Distribution and causation of leprosy in British India
Year: 1875
Disease focus: Leprosy
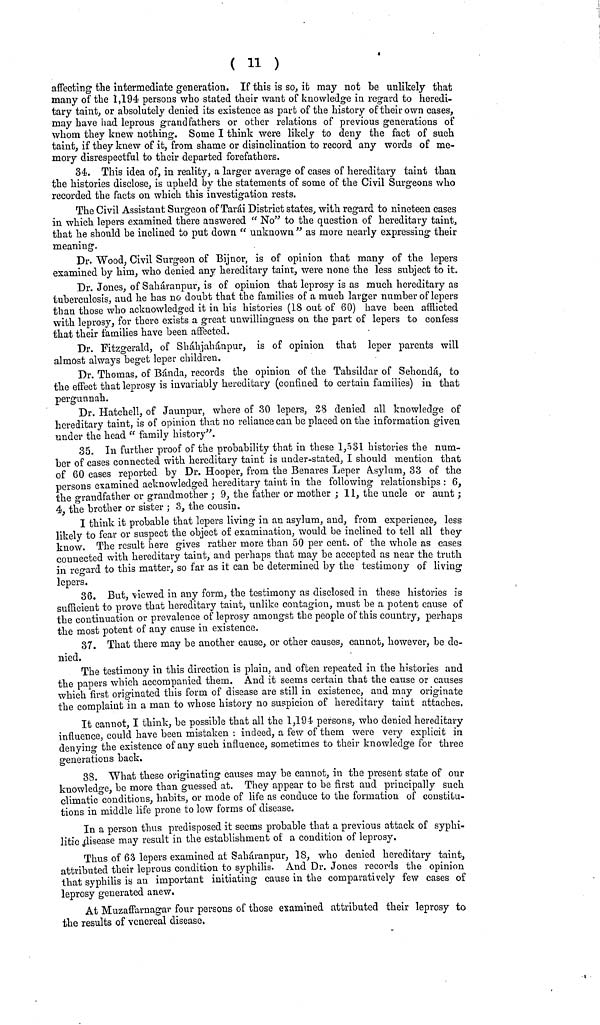
( 11 )
affecting the intermediate generation. If this is so, it may not be unlikely that
many of the 1,194 persons who stated their want of knowledge in regard to heredi-
tary taint, or absolutely denied its existence as part of the history of their own cases,
may have had leprous grandfathers or other relations of previous generations of
whom they knew nothing. Some I think were likely to deny the fact of such
taint, if they knew of it, from shame or disinclination to record any words of me-
mory disrespectful to their departed forefathers.
34. This idea of, in reality, a larger average of cases of hereditary taint than
the histories disclose, is upheld by the statements of some of the Civil Surgeons who
recorded the facts on which this investigation rests.
The Civil Assistant Surgeon of Tarái District states, with regard to nineteen cases
in which lepers examined there answered " No" to the question of hereditary taintj
that he should be inclined to put down " unknown " as more nearly expressing their
meaning.
Dr. Wood, Civil Surgeon of Bijnor, is of opinion that many of the lepers
examined by him, who denied any hereditary taint, were none the less subject to it.
Dr. Jones, of Saháranpur, is of opinion that leprosy is as much hereditary as
tuberculosis, and he has no doubt that the families of a much larger number of lepers
than those who acknowledged it in his histories (18 out of 60) have been afflicted
with leprosy, for there exists a great unwillingness on the part of lepers to confess
that their families have been affected.
Dr. Fitzgerald, of Sháhjahánpur, is of opinion that leper parents will
almost always beget leper children.
Dr. Thomas, of Banda, records the opinion of the Tahsildar of Sehondá, to
the effect that leprosy is invariably hereditary (confined to certain families) in that
pergunnah.
Dr. Hatchell, of Jaunpur, where of 30 lepers, 28 denied all knowledge of
hereditary taint, is of opinion that no reliance can be placed on the information given
under the head " family history".
35. In further proof of the probability that in these 1,531 histories the num-
ber of cases connected with hereditary taint is under-stated, I should mention that
of 60 cases reported by Dr. Hooper, from the Benares Leper Asylum, 33 of the
persons examined acknowledged hereditary taint in the following relationships : 6,
the grandfather or grandmother ; 9, the father or mother ; 11, the uncle or aunt ;
4, the brother or sister ; 3, the cousin.
I think it probable that lepers living in an asylum, and, from experience, less
likely to fear or suspect the object of examination, would be inclined to tell all they
know. The result here gives rather more than 50 per cent, of the whole as cases
connected with hereditary taint, and perhaps that may be accepted as near the truth
in reward to this matter, so far as it can be determined by the testimony of living
lepers.
36. But, viewed in any form, the testimony as disclosed in these histories is
sufficient to prove that hereditary taint, unlike contagion, must be a potent cause of
the continuation or prevalence of leprosy amongst the people of this country, perhaps
the most potent of any cause in existence.
37. That there may be another cause, or other causes, cannot, however, be de-
nied.
The testimony in this direction is plain, and often repeated in the histories and
the papers which accompanied them. And it seems certain that the cause or causes
which first originated this form of disease are still in existence, and may originate
the complaint in a man to whose history no suspicion of hereditary taint attaches.
It cannot, I think, be possible that all the 1,194 persons, who denied hereditary
influence, could have been mistaken : indeed, a few of them were very explicit in
denying the existence of any such influence, sometimes to their knowledge for three
generations back.
38. What these originating causes may be cannot, in the present state of our
knowledge, be more than guessed at. They appear to be first and principally such
climatic conditious, habits, or mode of life as conduce to the formation of constitu-
tions in middle life prone to low forms of disease.
In a person thus predisposed it seems probable that a previous attack of syphi-
litic disease may result in the establishment of a condition of leprosy.
Thus of 63 lepers examined at Saháranpur, ]8, who denied hereditary taint,
attributed their leprous condition to syphilis. And Dr. Jones records the opinion
that syphilis is an important initiating cause in the comparatively few cases of
leprosy generated anew.
At Muzaffarnagar four persons of those examined attributed their leprosy to
the results of venereal disease.